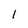
Character: 1